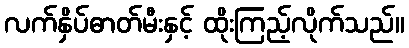
လက်နှိပ်ဓာတ်မီးနှင့် ထိုးကြည့်လိုက်သည်။